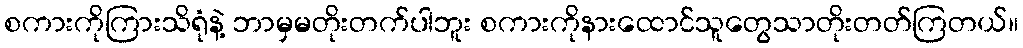
စကားကိုကြားသိရုံနဲ့ ဘာမှမတိုးတက်ပါဘူး စကားကိုနားထောင်သူတွေသာတိုးတတ်ကြတယ်။